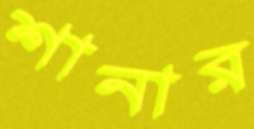
শানার